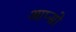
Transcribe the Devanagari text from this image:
आप्सो